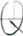
Text: Q